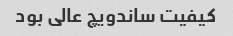
کیفیت ساندویچ عالی بود